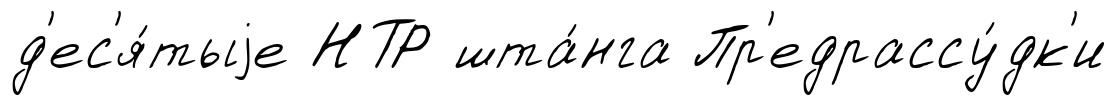
д'ес'я́тыjе НТР шта́нга Пр'едрассу́дк'и